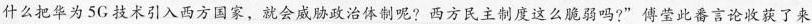
什么把华为5G技术引入西方国家，就会威胁政治体制呢?西方民主制度这么脆弱吗?”傅莹此番言论收获了来